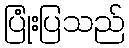
ပြုံးပြသည်